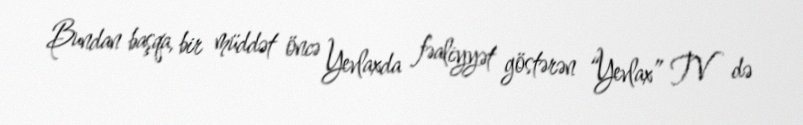
Bundan başqa, bir müddət öncə Yevlaxda fəaliyyət göstərən “Yevlax” TV də